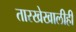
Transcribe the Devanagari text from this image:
तारखेखालीही